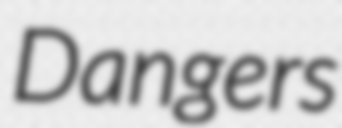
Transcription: Dangers